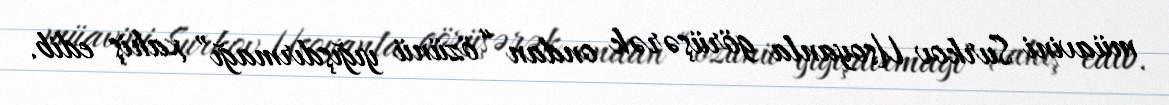
müavini Surkov Usoyanla görüşərək ondan “özünü yığışdırmağı” xahiş edib.